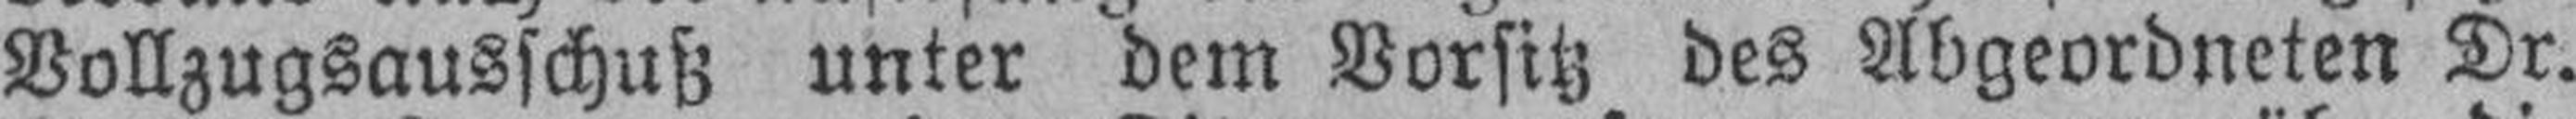
Vollzugsausschuß unter dem Vorsitz des Abgeordneten Dr.